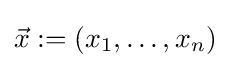
{\vec {x}}:=(x_{1},\ldots ,x_{n})